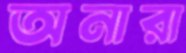
অনারা